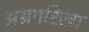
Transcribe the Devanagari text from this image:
अग्रपरिखा